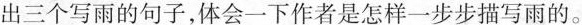
出三个写雨的句子，体会一下作者是怎样一步步描写雨的。